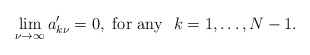
\begin{align*}\lim_{\nu\to\infty} a'_{k\nu} = 0, {\rm \ for\ any\ \ } k=1,\dots,N-1.\end{align*}